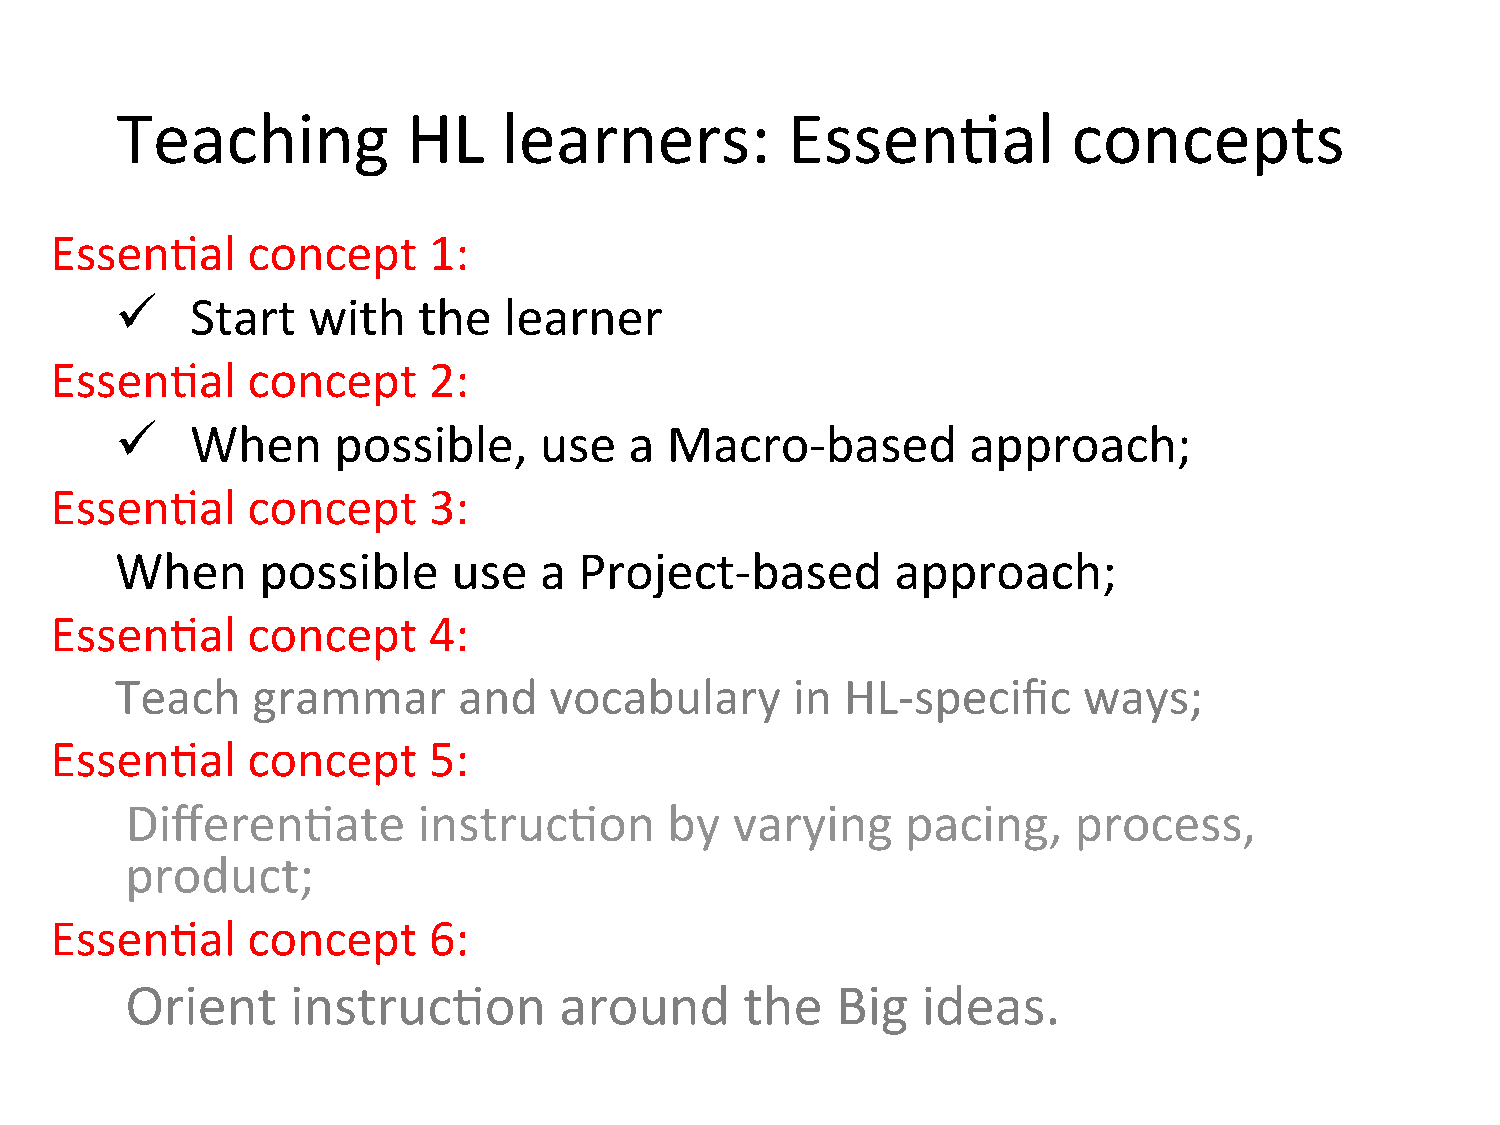
Teaching           HL    learners:          Essen=al           concepts
 Essen=al     concept     1:
 ü   Start  with    the  learner
 Essen=al     concept     2:
 ü   When     possible,     use   a Macro-­‐based       approach;
 Essen=al     concept     3:
 When     possible     use   a Project-­‐based      approach;
 Essen=al     concept     4:
 Teach    grammar      and   vocabulary      in  HL-­‐specific   ways;
 Essen=al     concept     5:
 Differen=ate        instruc=on      by   varying    pacing,    process,
 product;
 Essen=al     concept     6:
 Orient     instruc=on        around      the   Big   ideas.